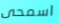
اسمحى